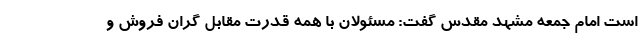
است امام جمعه مشهد مقدس گفت: مسئولان با همه قدرت مقابل گران فروش و